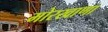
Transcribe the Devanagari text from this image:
मोरखाणा